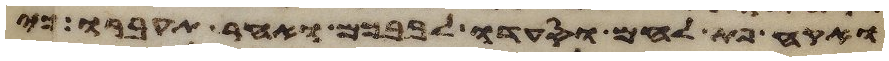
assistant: ואקח פת לחם וסעדו לבבכם ואחר תעברו כי